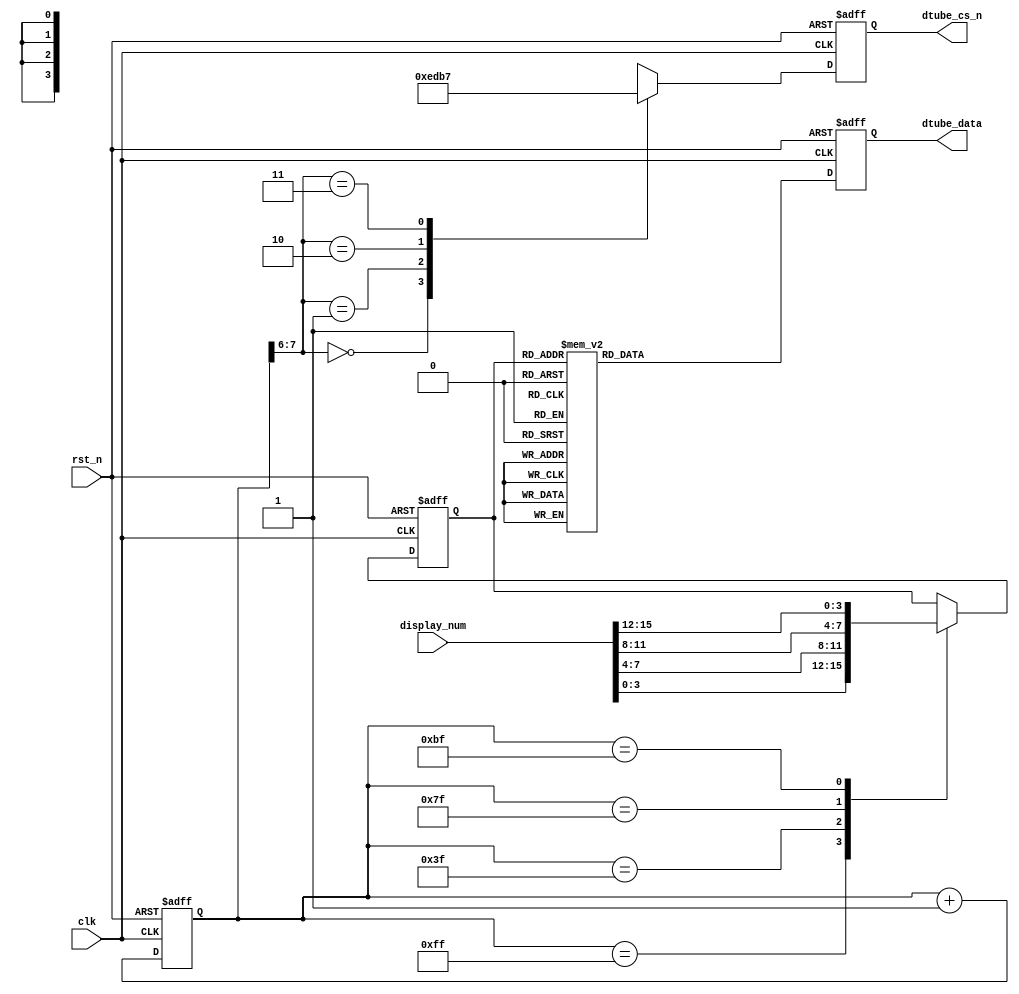
//
module seg7(
			input clk,		//25MHz
			input rst_n,	//
			input[15:0] display_num,	//[15:12]--[11:8]--[7:4]--[3:0]--
			output reg[3:0] dtube_cs_n,	//7
			output reg[7:0] dtube_data	//78
		);

//-------------------------------------------------
//

// 0~F 
parameter 	NUM0 	= 8'h3f,//c0,
			NUM1 	= 8'h06,//f9,
			NUM2 	= 8'h5b,//a4,
			NUM3 	= 8'h4f,//b0,
			NUM4 	= 8'h66,//99,
			NUM5 	= 8'h6d,//92,
			NUM6 	= 8'h7d,//82,
			NUM7 	= 8'h07,//F8,
			NUM8 	= 8'h7f,//80,
			NUM9 	= 8'h6f,//90,
			NUMA 	= 8'h77,//88,
			NUMB 	= 8'h7c,//83,
			NUMC 	= 8'h39,//c6,
			NUMD 	= 8'h5e,//a1,
			NUME 	= 8'h79,//86,
			NUMF 	= 8'h71,//8e;
			NDOT	= 8'h80;	//

// 0~3 
parameter	CSN		= 4'b1111,
			CS0		= 4'b1110,
			CS1		= 4'b1101,
			CS2		= 4'b1011,
			CS3		= 4'b0111;

//-------------------------------------------------
//
reg[3:0] current_display_num;	//
reg[7:0] div_cnt;	//

	//
always @(posedge clk or negedge rst_n)
	if(!rst_n) div_cnt <= 8'd0;
	else div_cnt <= div_cnt+1'b1;

	//
always @(posedge clk or negedge rst_n)
	if(!rst_n) current_display_num <= 4'h0;
	else begin
		case(div_cnt)
			8'hff: current_display_num <= display_num[3:0];
			8'h3f: current_display_num <= display_num[7:4];
			8'h7f: current_display_num <= display_num[11:8];
			8'hbf: current_display_num <= display_num[15:12];
			default: ;
		endcase
	end
		
	//
always @(posedge clk or negedge rst_n)
	if(!rst_n) dtube_data <= NUM0;
	else begin
		case(current_display_num) 
			4'h0: dtube_data <= NUM0;
			4'h1: dtube_data <= NUM1;
			4'h2: dtube_data <= NUM2;
			4'h3: dtube_data <= NUM3;
			4'h4: dtube_data <= NUM4;
			4'h5: dtube_data <= NUM5;
			4'h6: dtube_data <= NUM6;
			4'h7: dtube_data <= NUM7;
			4'h8: dtube_data <= NUM8;
			4'h9: dtube_data <= NUM9;
			4'ha: dtube_data <= NUMA;
			4'hb: dtube_data <= NUMB;
			4'hc: dtube_data <= NUMC;
			4'hd: dtube_data <= NUMD;
			4'he: dtube_data <= NUME;
			4'hf: dtube_data <= NUMF;
			default: ;
		endcase
	end

	//
always @(posedge clk or negedge rst_n)
	if(!rst_n) dtube_cs_n <= CSN;
	else begin
		case(div_cnt[7:6])
			2'b00: dtube_cs_n <= CS0;
			2'b01: dtube_cs_n <= CS1;
			2'b10: dtube_cs_n <= CS2;
			2'b11: dtube_cs_n <= CS3;
			default:  dtube_cs_n <= CSN;
		endcase
	end
	

endmodule